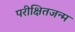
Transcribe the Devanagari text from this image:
परीक्षितजन्म